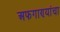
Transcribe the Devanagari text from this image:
अफगाण्यांचा